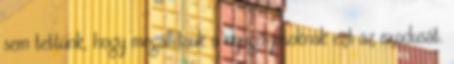
sem tettünk, hogy megállítsuk a nyugdíjasoknak ezt az exodusát.